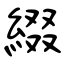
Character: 綴